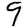
Digit: 9